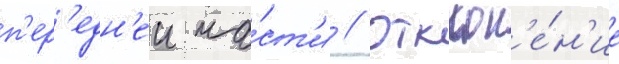
п'ер'едн'еи ча́ст'и // Отклон'е́н'ие